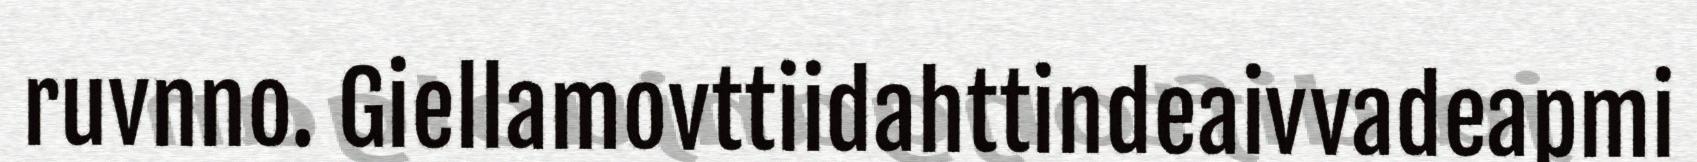
ruvnno. Giellamovttiidahttindeaivvadeapmi